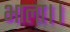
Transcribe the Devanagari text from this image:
भाला।।